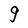
Character: g